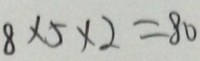
8 \times 5 \times 2 = 8 0